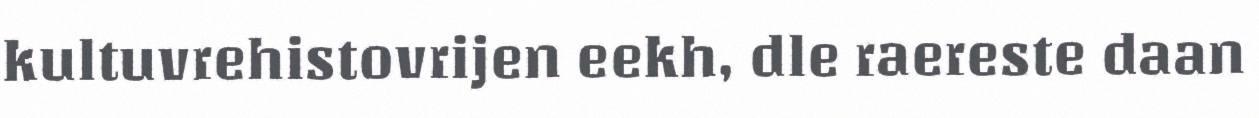
kultuvrehistovrijen eekh, dle raereste daan